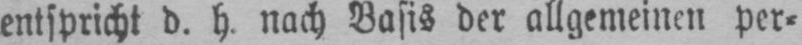
entspricht d. h, nach Basis der allgemeinen per⸗